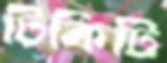
টিকিটি